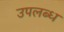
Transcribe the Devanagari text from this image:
उपलब्‍ध्‍ा